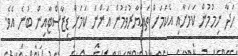
ހަދާ ނިމުމުން ކަމަށާއި އެކަމަށް ތައްޔާރުވަމުން އަންނަ ކަމަށް ޑިޒާސްޓާއިން ބުނެ އެވެ.